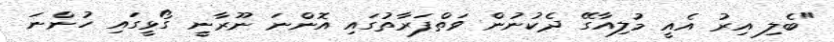
"ބެލި އިރު އެއީ މުލިއާގޭ ދެކުނުން ވަތްފަރާތުގައި އޮންނަ ނޫރާނީ ގޯޅީގައި ހުންނަ